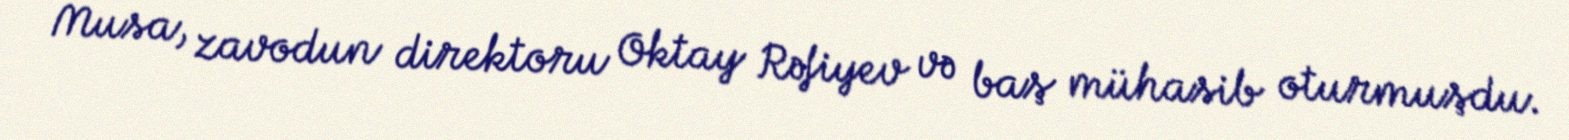
Musa, zavodun direktoru Oktay Rəfiyev və baş mühasib oturmuşdu.